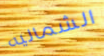
الشماليه